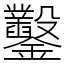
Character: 鑿